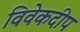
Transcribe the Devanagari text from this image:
विवेकदीप